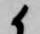
候